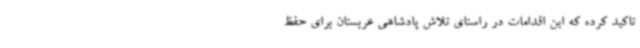
تاکید کرده که این اقدامات در راستای تلاش پادشاهی عربستان برای حفظ